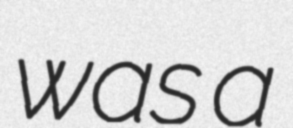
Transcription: was a